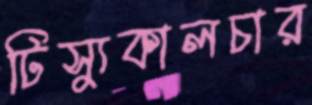
টিস্যুকালচার